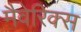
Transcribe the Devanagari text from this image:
मैवेरिक्स